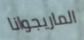
الماريجوانا